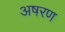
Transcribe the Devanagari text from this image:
अषरण